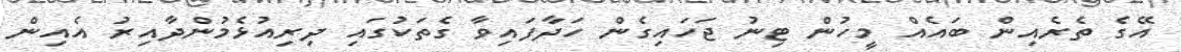
އޭގެ ތެރެއިން ބައެއް މީހުން ޓިނު ޖަހައިގެން ހަދާފައިވާ ގެތަކުގައި ދިރިއުޅެމުންދާއިރު އެއިން